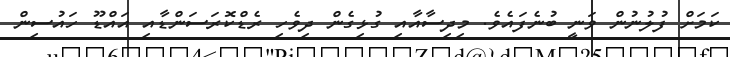
ކަމަށް ފުލުނުން ވަނީ ބުނެފައެވެ. މިދިސާއާއި ގުޅިގެން ދިވެހި ރެޑްކޮރަސަންޑާއި އައްޑޫ ހައުސިން